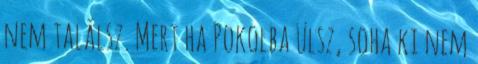
nem találsz. Mert ha Pokolba ülsz, soha ki nem